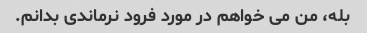
بله، من می خواهم در مورد فرود نرماندی بدانم.